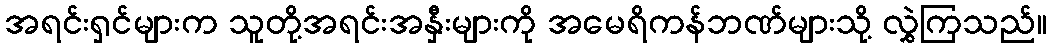
အရင်းရှင်များက သူတို့အရင်းအနှီးများကို အမေရိကန်ဘဏ်များသို့ လွှဲကြသည်။